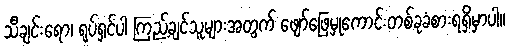
သီချင်းရော၊ ရုပ်ရှင်ပါ ကြည့်ချင်သူများအတွက် ဖျော်ဖြေမှုကောင်းတစ်ခုခံစားရရှိမှာပါ။